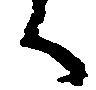
く